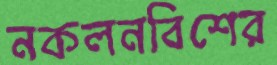
নকলনবিশের